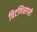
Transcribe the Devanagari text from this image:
चिटणिसगरी